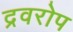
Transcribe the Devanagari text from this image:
द्रवरोप